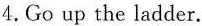
4. Go up the ladder.